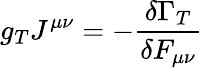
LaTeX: g_{T}J^{\mu\nu}=-\frac{\delta\Gamma_{T}}{\delta F_{\mu\nu}}